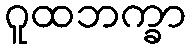
ဂူထဘက္ခာ